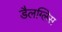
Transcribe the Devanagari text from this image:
डैलग्लिस